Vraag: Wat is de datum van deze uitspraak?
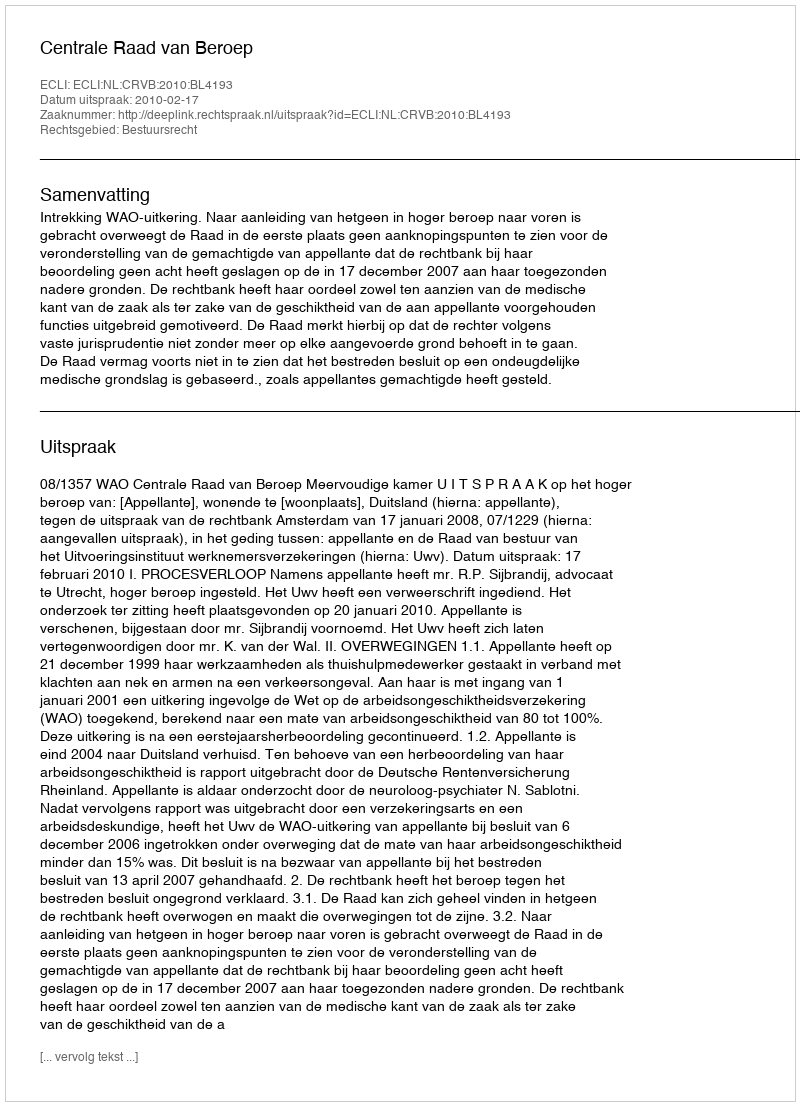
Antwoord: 2010-02-17